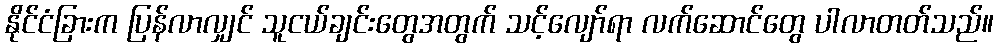
နိုင်ငံခြားက ပြန်လာလျှင် သူငယ်ချင်းတွေအတွက် သင့်လျော်ရာ လက်ဆောင်တွေ ပါလာတတ်သည်။